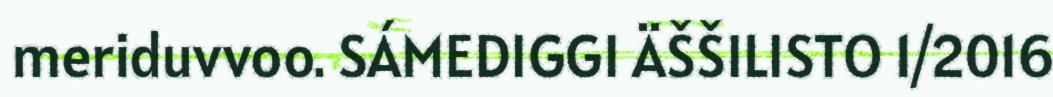
meriduvvoo. SÁMEDIGGI ÄŠŠILISTO 1/2016